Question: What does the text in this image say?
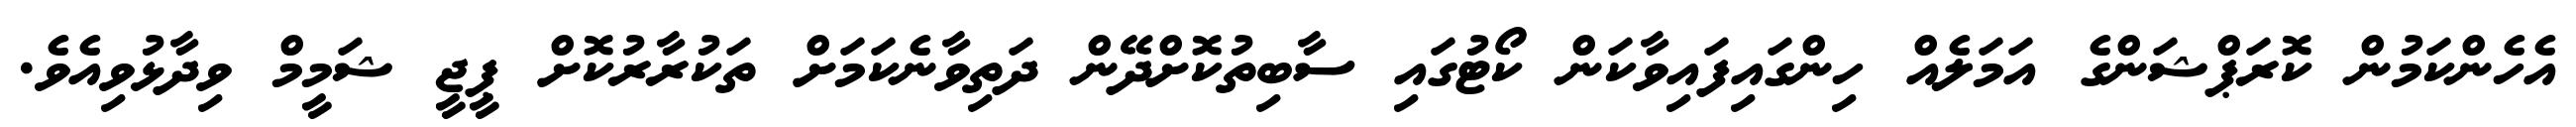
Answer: އެހެންކަމުން ކޮރަޕްޝަންގެ އަމަލެއް ހިންގައިފައިވާކަން ކޯޓުގައި ސާބިތުކޮށްދޭން ދަތިވާނެކަމަށް ތަކުރާރުކޮށް ޕީޖީ ޝަމީމް ވިދާޅުވިއެވެ.